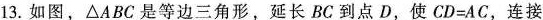
3.如图，△ABC是等边三角形，延长BC到点D，使CD=AC，连接。